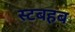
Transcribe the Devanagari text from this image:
स्टबहब